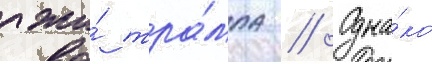
лжи́ тра́мпа // Одна́ко